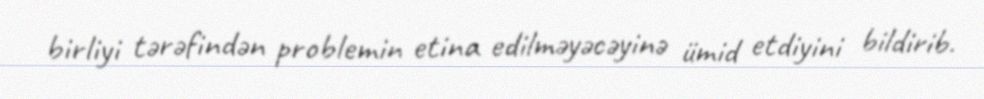
birliyi tərəfindən problemin etina edilməyəcəyinə ümid etdiyini bildirib.